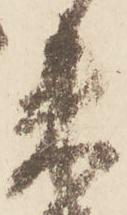
朱